Bréfritari: Ragnheiður Daníelsdóttir
Viðtakandi: Jakobína Magnúsdóttir
Dagsetning: A-1887-05-22
Skrifað á: Reykjavík  Gull.
Ragnheiður var dóttir Jakobínu

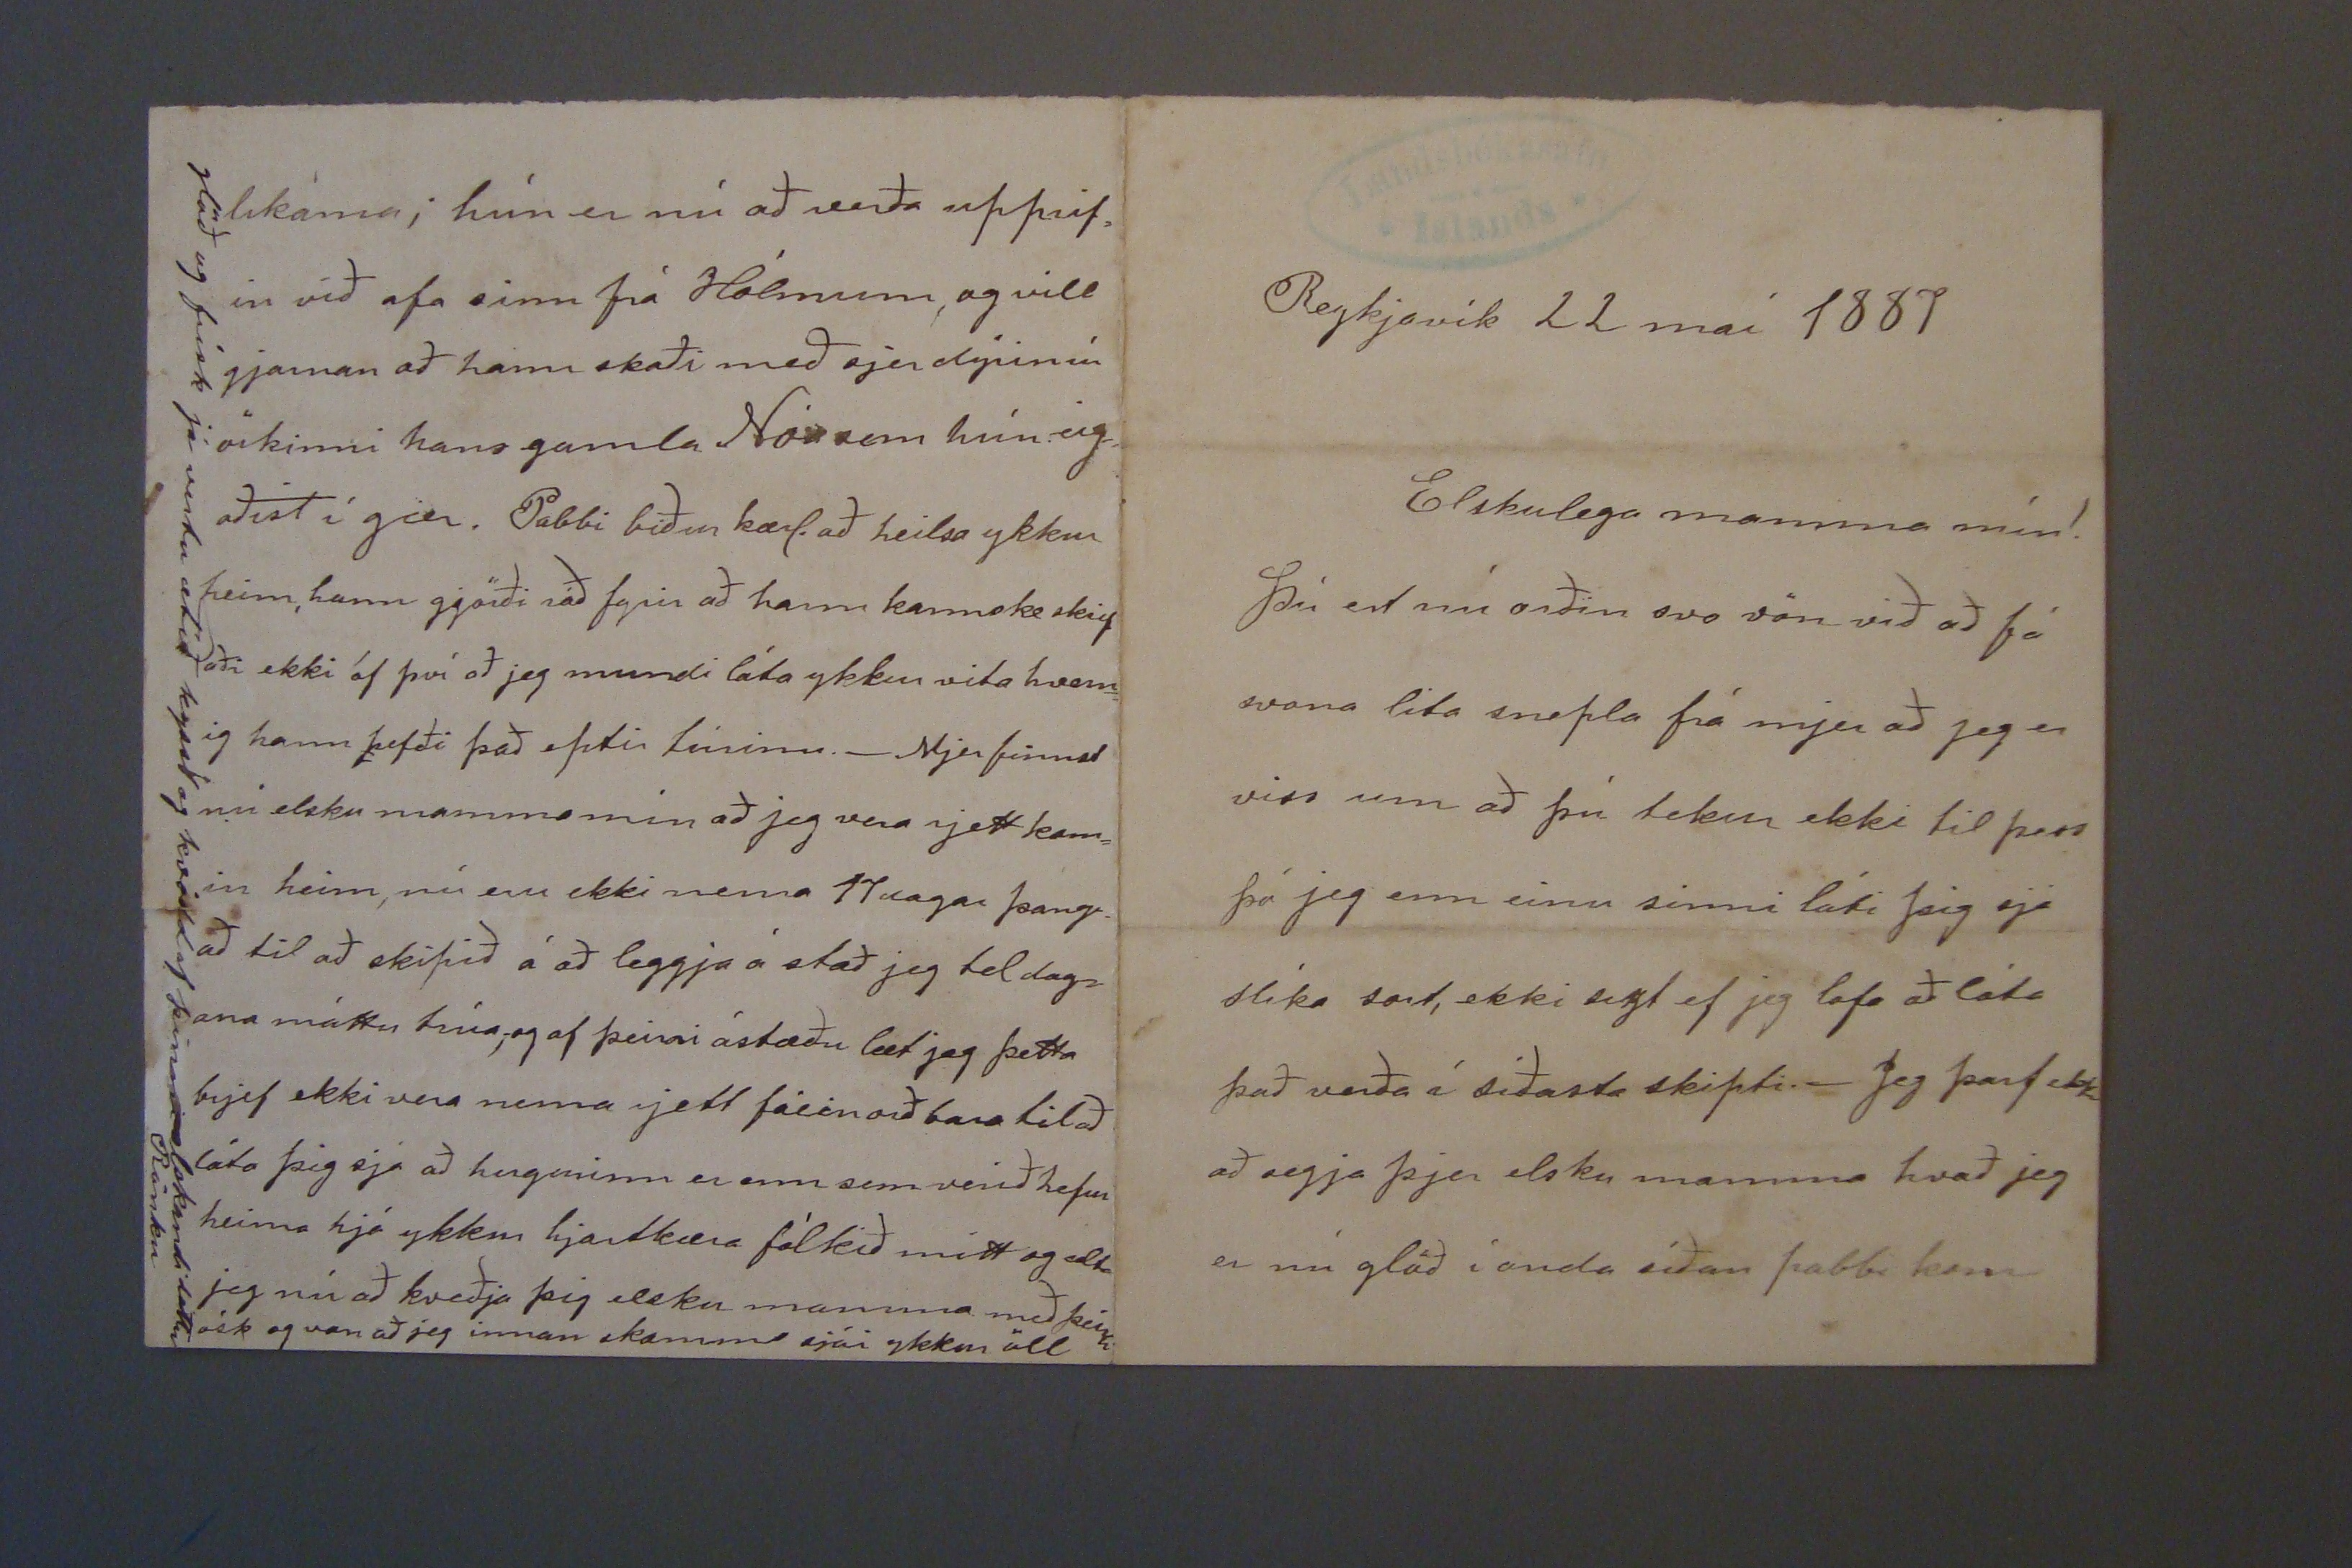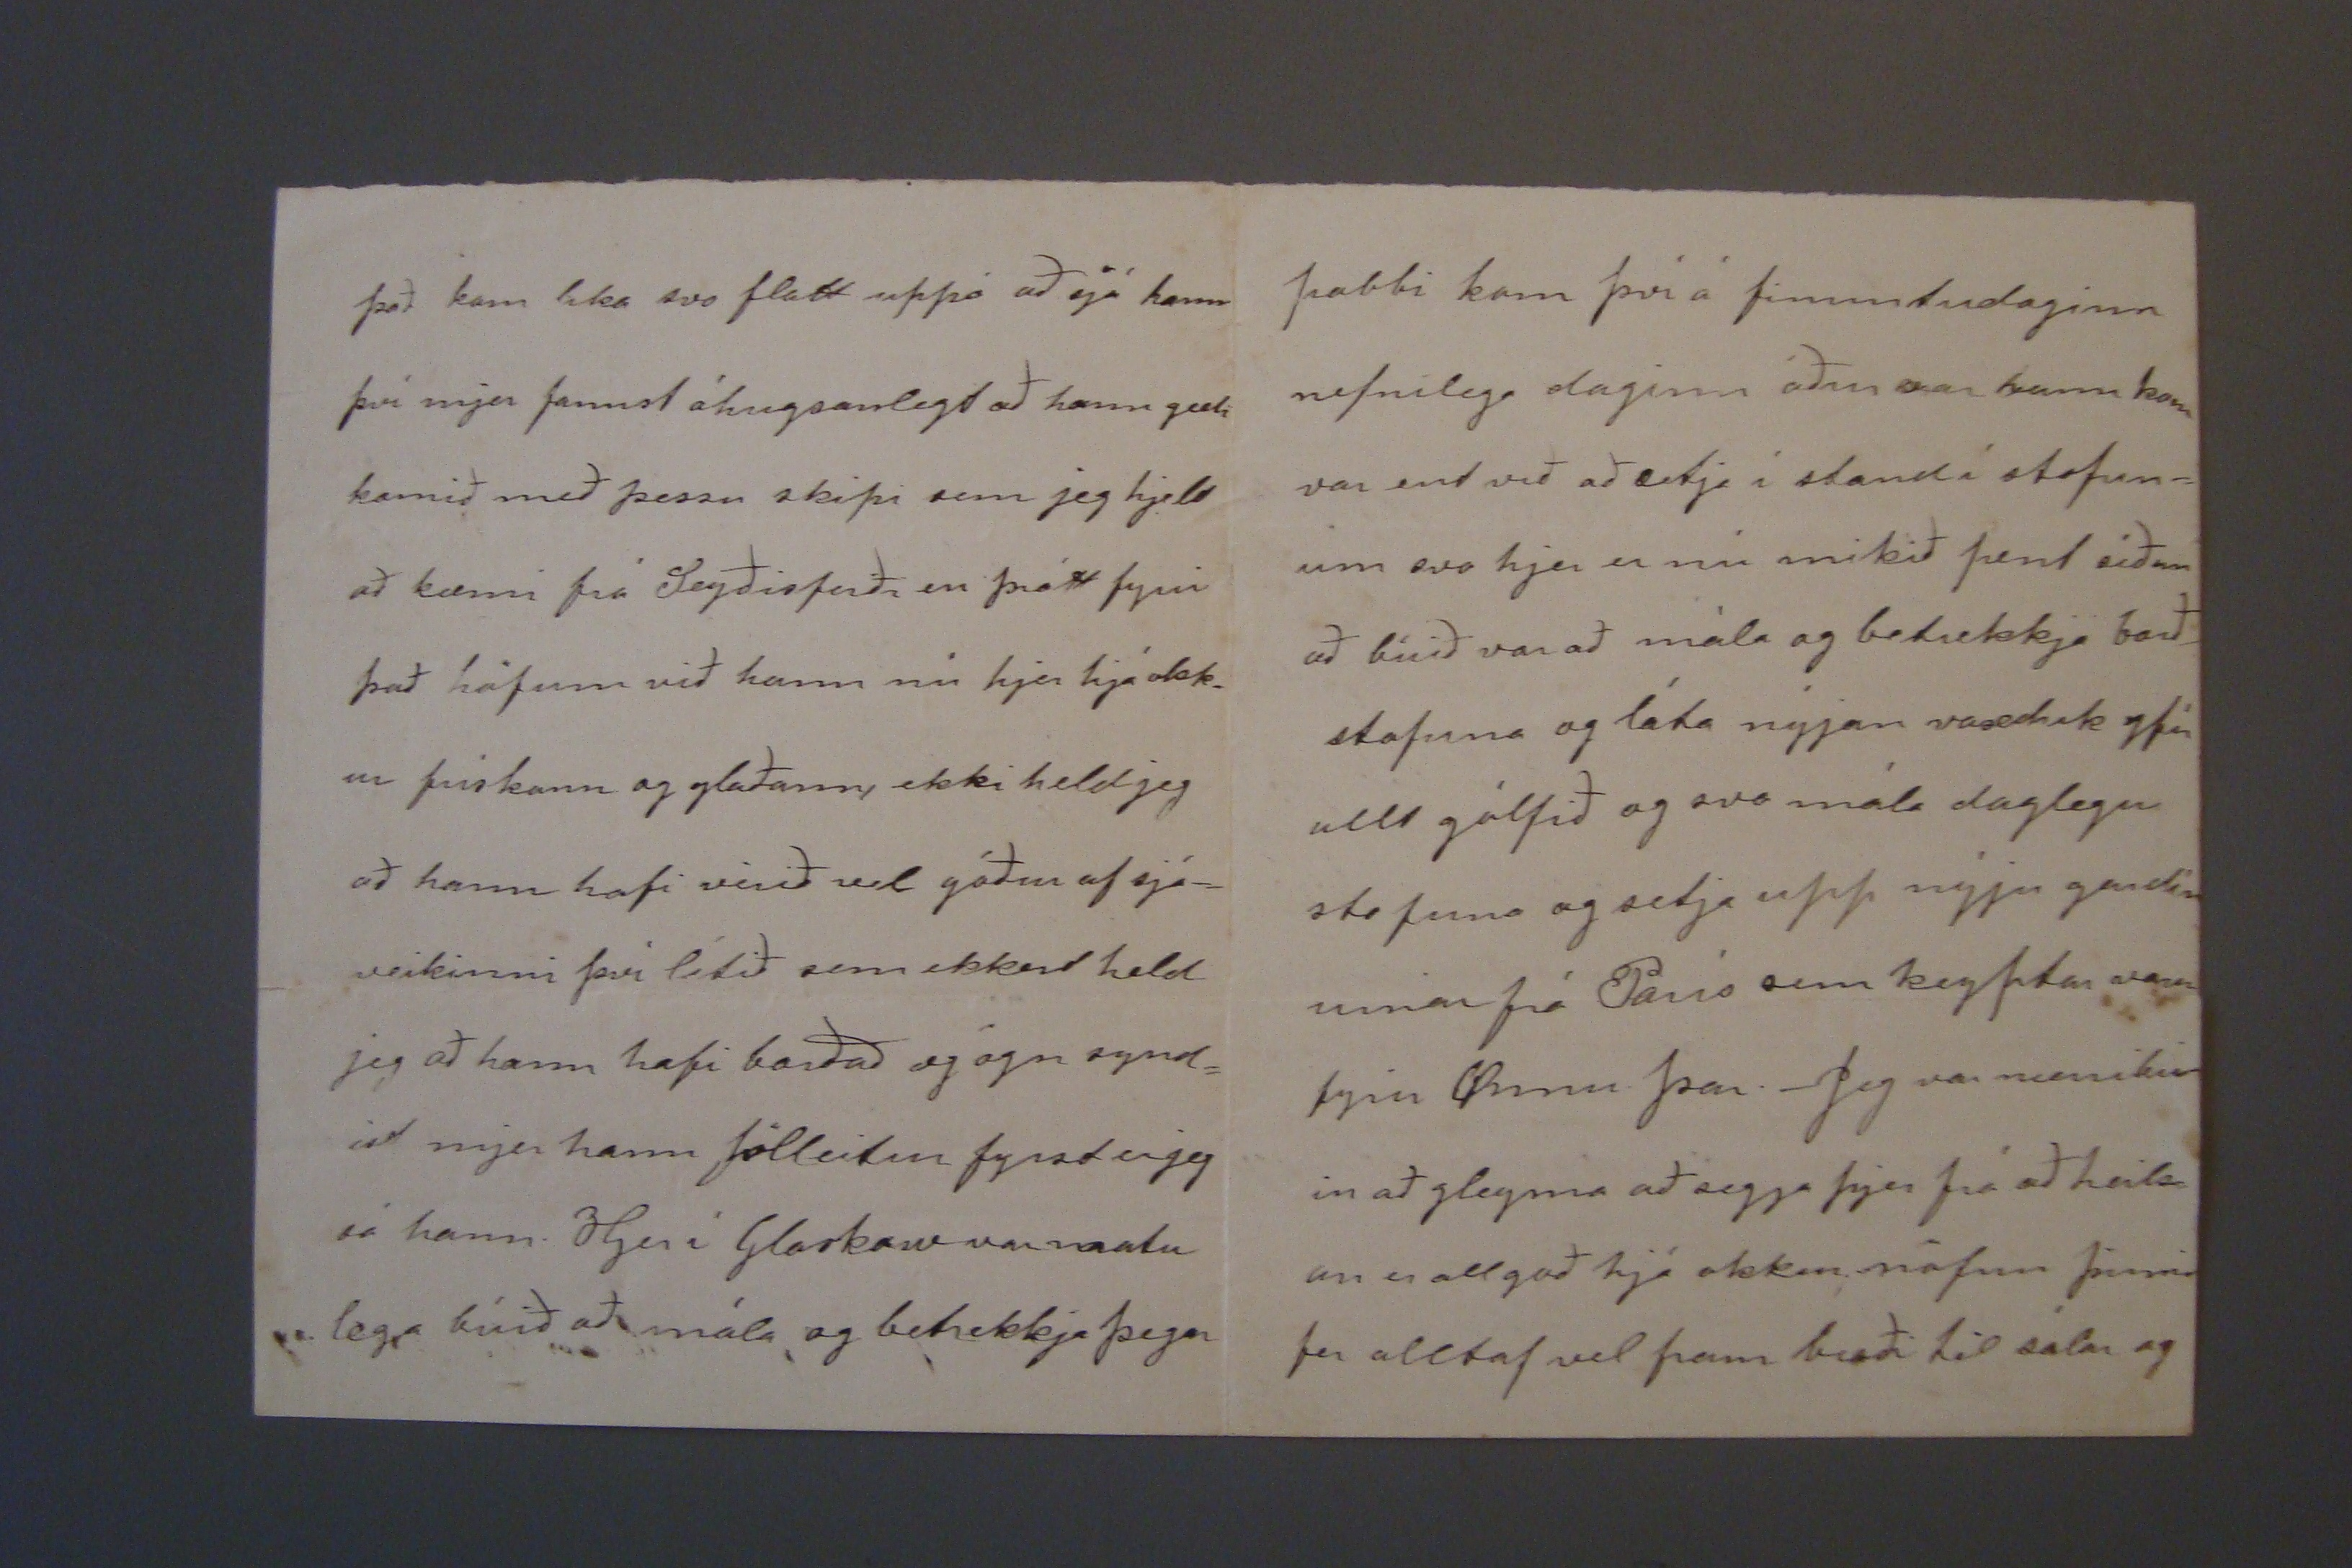

Reykjavík 22 maí 1887
Elskulega mamma mín!
Þú ert nú orðin svo vön við að fá svona lita snepla frá mjer að jeg er viss um að þú tekur ekki til þess þó jeg enn einu sinni láti þig sjá slíka sort, ekki
s00t
ef jeg lofa að láta það verða í síðasta skipti._ Jeg þarf ekki að segja þjer elsku mamma hvað jeg er nú glöð í anda síðan pabbi kom
það kom líka svo flatt uppá að sjá hann því mjer fannst óhugsanlegt að hann gæti komið með þessu skipi sem jeg hjelt að kæmi frá Reyðarfirði en þrátt fyrir það höfum við hann nú hjer hjá okk_ ur frískann og glaðann, ekki held jeg að hann hafi verið vel góður af sjó= veikinni því lítið sem ekkert held jeg að hann hafi borðað og ögn synd= ist mjer hann fölleitan fyrst er jeg sá hann. Hjer í
Glarko0
var matu lega búið að mála og betrekkja þegar
pabbi kom því á fimmtudaginn nefnilega daginn áður
er
hann kom var end við að setja í stand í stofun= um svo hjer er nú mikið pent síðan að búið var að mála og betrekkja bað_ stofuna og láta nýjan vasaduk yfir allt gólfið og svo mála daglegu stofuna og setja upp nýjar gardín urnar frá París sem keyptar voru fyrir Önnu þar._ Jeg var
værukær
in að gleyma að segja þjer frá að heils an er allgoð hjá okkur nöfnu þinni fer alltaf vel fram bæði til sálu og
líkama; hún er nú að verða upprif= in við afa sinn frá Hólmum, og vill gjarnan að hann skoði með sjer dýrin úr örkinni hans gamla Nóa sem hún eig= aðist í gær. Pabbi biður kærl. að heilsa ykkur heim, hann gjörði ráð fyrir að hann kannske skip aði ekki af því að jeg mundi láta ykkur vita hvern= ig hann hefði það eptir túrinn._ Mjer finnst nú elsku mamma mín að jeg vera rjett kom= in heim, nú eru ekki nema 17 dagar þang= að til að skipið á að leggja á stað jeg tel dag= ana máttu trúa, og af þeirri ástæðu læt jeg þetta brjef ekki vera nema rjett fáein orð bara til að láta þig sjá að hugurinn er enn sem verið hefur heima hjá ykkur hjartkæra fólkið mitt og ætla jeg nú að kveðja þig elsku mamma með þeirri ósk og von að jeg innan skamms sjái ykkur öll
glöð og frísk já vertu ætíð kysst og kvödd af þinni elskandi dóttir Rönku